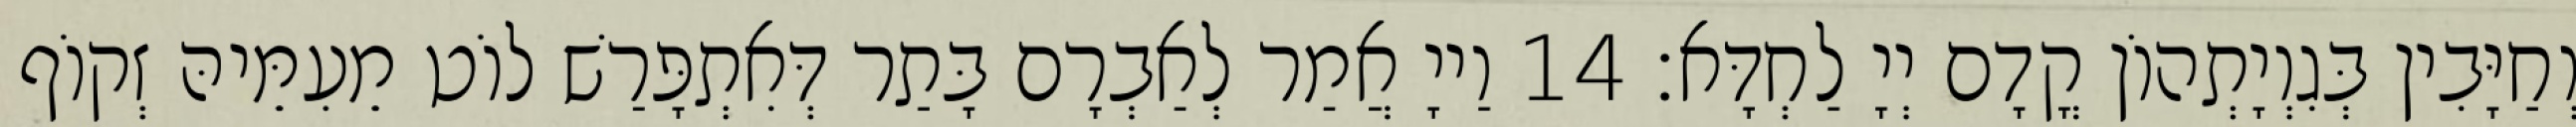
וְחַיָּבִין בְּגִוְיָתְהוֹן קֳדָם יְיָ לַחְדָּא׃ 14 וַייָ אֲמַר לְאַבְרָם בָּתַר דְּאִתְפָּרַשׁ לוֹט מֵעִמֵּיהּ זְקוֹף